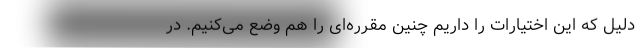
دلیل که این اختیارات را داریم چنین مقرره‌ای را هم وضع می‌کنیم. در